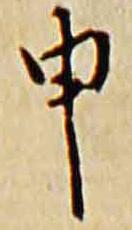
申